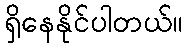
ရှိနေနိုင်ပါတယ်။